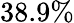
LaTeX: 38.9\%